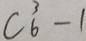
C _ { 6 } ^ { 3 } - 1